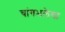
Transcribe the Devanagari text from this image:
चांगभलेचा